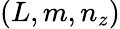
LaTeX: (L,m,n_{z})